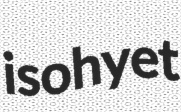
isohyet